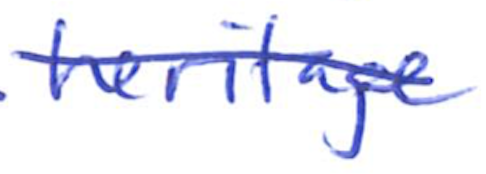
Text: heritage
Cross-out: mix
Writing tool: ballpoint